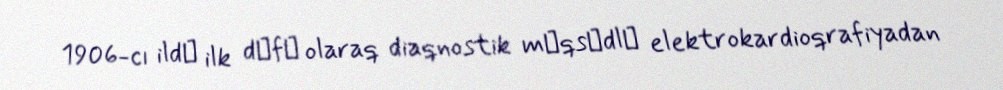
1906-cı ildә ilk dәfә olaraq diaqnostik mәqsәdlә elektrokardioqrafiyadan